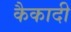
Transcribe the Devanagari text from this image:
कैकादी